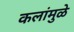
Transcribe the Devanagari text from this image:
कलांमुळे